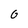
Character: G